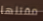
مقتلها